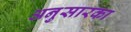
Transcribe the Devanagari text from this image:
अनुसारका